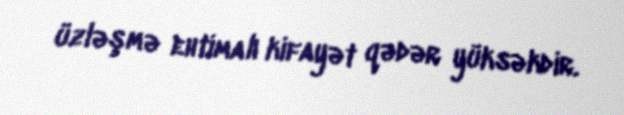
üzləşmə ehtimalı kifayət qədər yüksəkdir.